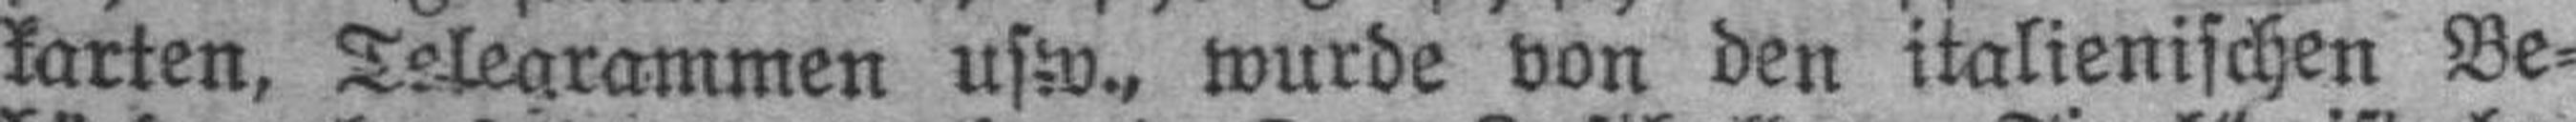
karten, Telegrammen usw., wurde von den italienischen Be¬